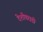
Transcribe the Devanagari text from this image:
देशीवराडी